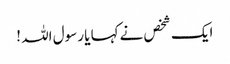
ایک شخص نےکہا یا رسول اللہ !